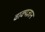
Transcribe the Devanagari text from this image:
वाक्यज्ञान